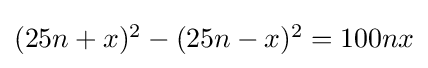
{\textstyle (25n+x)^{2}-(25n-x)^{2}=100nx}